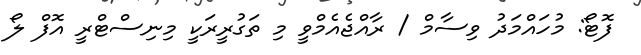
ފޮޓޯ: މުހައްމަދު ވިސާމް / ރާއްޖެއެމްވީ މި ތަގުރީރަކީ މިނިސްޓްރީ އޮފް ލޯ